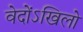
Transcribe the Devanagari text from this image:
वेदोंऽखिलो